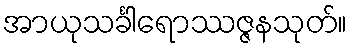
အာယုသင်္ခါရောဿဇ္ဇနသုတ်။